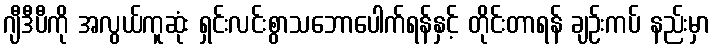
ဂျီဒီပီကို အလွယ်ကူဆုံး ရှင်းလင်းစွာသဘောပေါက်ရန်နှင့် တိုင်းတာရန် ချဉ်းကပ် နည်းမှာ